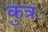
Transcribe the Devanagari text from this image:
कुत्रः